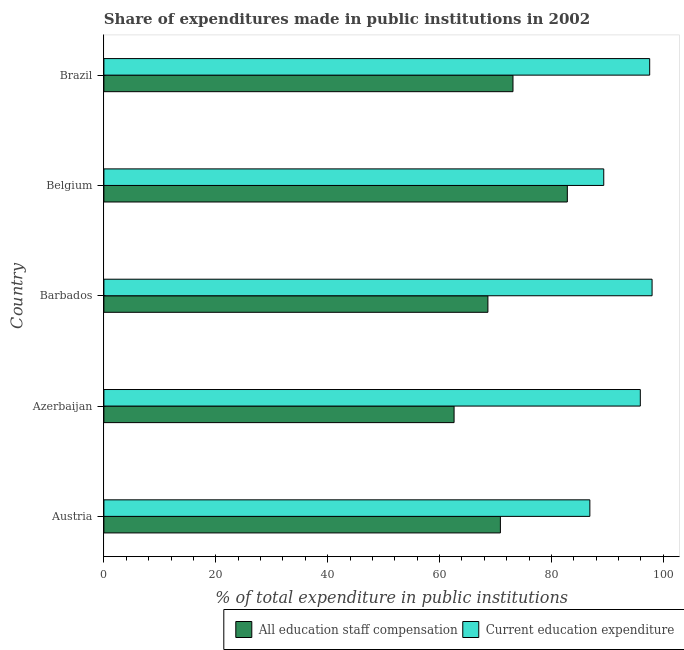
| Country | All education staff compensation | Current education expenditure |
 | --- | --- | --- |
 | Austria | 70.9 | 86.9 |
 | Azerbaijan | 62.6 | 95.9 |
 | Barbados | 68.6 | 98 |
 | Belgium | 82.8 | 89.3 |
 | Brazil | 73.1 | 97.6 |